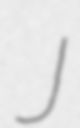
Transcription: J